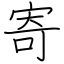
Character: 寄